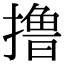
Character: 撸